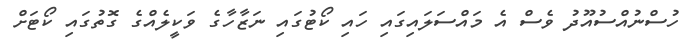
ހުސްނުއްސުއޫދު ވެސް އެ މައްސަލައިގައި ހައި ކޯޓުގައި ނަޒާހާގެ ވަކީލެއްގެ ގޮތުގައި ކޯޓަށް